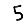
Digit: 5